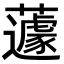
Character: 蘧